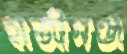
হাজীগঞ্জ